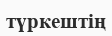
түркештің